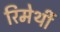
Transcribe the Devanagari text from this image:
रिमेर्थी